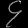
Digit: ၄